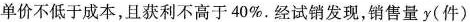
单价不低于成本，且获利不高于40\%。经试销发现，销售量y(件)